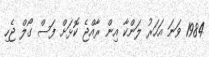
1984 ވަނަ އަހަރު ލަންކާ އިން ރާއްޖެ ކޮޅަށް ފަސް ގޯލް ޖެހި